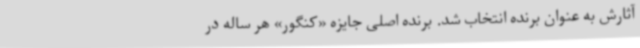
آثارش به عنوان برنده انتخاب شد. برنده اصلی جایزه «کنگور» هر ساله در